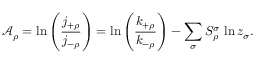
\mathcal { A } _ { \rho } = \ln \left( \frac { j _ { + \rho } } { j _ { - \rho } } \right) = \ln \left( \frac { k _ { + \rho } } { k _ { - \rho } } \right) - \sum _ { \sigma } S _ { \rho } ^ { \sigma } \, \ln z _ { \sigma } .